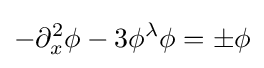
-\partial _{x}^{2}\phi -3\phi ^{\lambda }\phi =\pm \phi